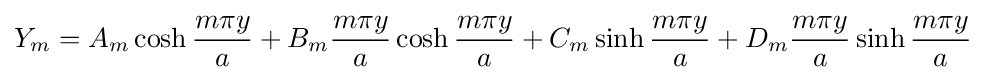
Y_{m}=A_{m}\cosh {\frac {m\pi y}{a}}+B_{m}{\frac {m\pi y}{a}}\cosh {\frac {m\pi y}{a}}+C_{m}\sinh {\frac {m\pi y}{a}}+D_{m}{\frac {m\pi y}{a}}\sinh {\frac {m\pi y}{a}}